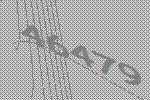
46479